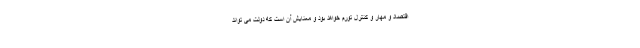
اقتصاد و مهار و کنترل تورم خواهد بود و معنایش آن است که دولت می تواند